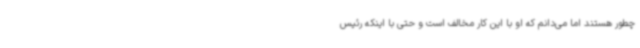
چطور هستند اما می‌دانم که او با این کار مخالف است و حتی با اینکه رئیس